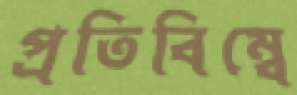
প্রতিবিম্বে